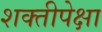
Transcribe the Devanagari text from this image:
शक्तीपेक्षा